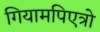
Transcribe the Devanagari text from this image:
गियामपिएत्रो